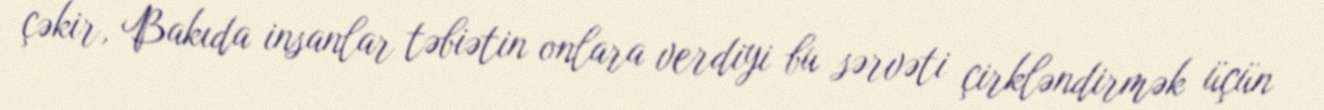
çəkir, Bakıda insanlar təbiətin onlara verdiyi bu sərvəti çirkləndirmək üçün